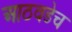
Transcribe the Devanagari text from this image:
आठवडेच